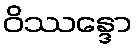
ဝိဿန္ဒော